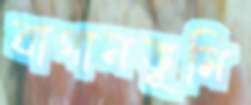
বাগানভূমি